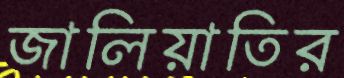
জালিয়াতির